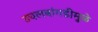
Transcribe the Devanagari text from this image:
उचलबांगडीमुळे